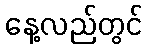
နေ့လည်တွင်